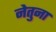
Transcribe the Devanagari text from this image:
नेतुना